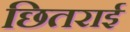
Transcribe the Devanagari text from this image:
छितराई